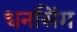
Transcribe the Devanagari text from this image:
धनसिंग